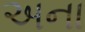
અના